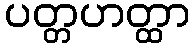
ပတ္တဟတ္ထာ